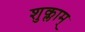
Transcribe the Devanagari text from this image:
शुक्लाम्